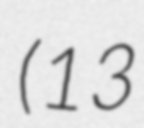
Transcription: (13